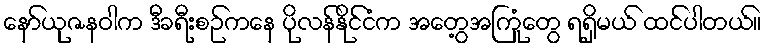
နော်ယုဇနဝါက ဒီခရီးစဉ်ကနေ ပိုလန်နိုင်ငံက အတွေ့အကြုံတွေ ရရှိမယ် ထင်ပါတယ်။